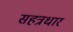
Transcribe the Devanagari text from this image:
सहत्रधार